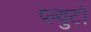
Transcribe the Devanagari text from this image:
प्ल्युटो